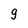
Character: 9